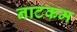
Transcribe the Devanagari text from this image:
नाटकम